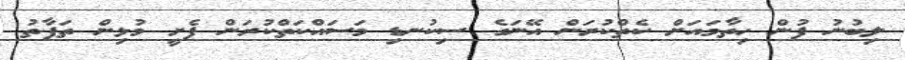
ލިބުނު ފުން ހިތާމައަށް ކެތްކުރަން އޭނަގެ ސިކުނޑި މަސައްކަތްކުރަން ފެށީ މުޅިން ތަފާތު